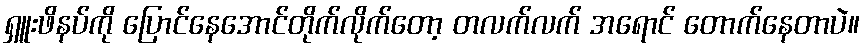
ရှူးဖိနပ်ကို ပြောင်နေအောင်တိုက်လိုက်တော့ တလက်လက် အရောင် တောက်နေတာပဲ။